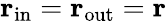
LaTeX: {\mathbf r}_{\mathrm{in}}={\mathbf r}_{\mathrm{out}}={\mathbf r}